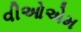
વીઓએમ